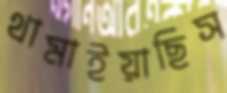
থামাইয়াছিস